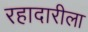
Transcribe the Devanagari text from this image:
रहादारीला